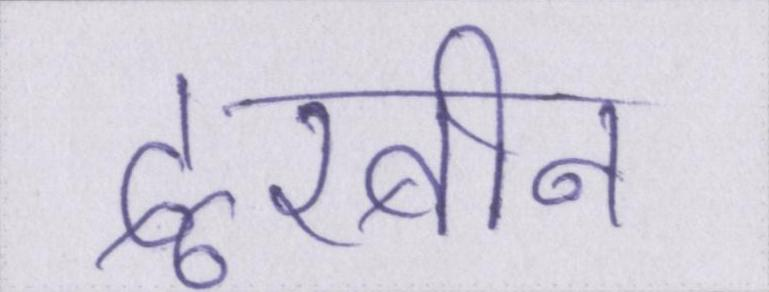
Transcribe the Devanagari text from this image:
दूरबीन